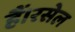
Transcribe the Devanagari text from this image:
हैं।रसेल